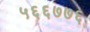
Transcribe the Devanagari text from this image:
५६६७७६